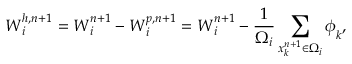
\boldsymbol { W } _ { i } ^ { h , n + 1 } = \boldsymbol { W } _ { i } ^ { n + 1 } - \boldsymbol { W } _ { i } ^ { p , n + 1 } = \boldsymbol { W } _ { i } ^ { n + 1 } - \frac { 1 } { \Omega _ { i } } \sum _ { x _ { k } ^ { n + 1 } \in \Omega _ { i } } \boldsymbol { \phi } _ { k } ,